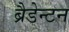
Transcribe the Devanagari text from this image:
ब्रैडेन्टन